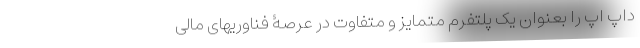
داپ اَپ را بعنوان یک پلتفرم متمایز و متفاوت در عرصۀ فناوریهای مالی